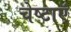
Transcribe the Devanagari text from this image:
चेष्टाऍं